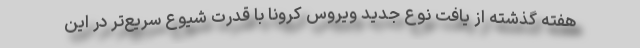
هفته گذشته از یافت نوع جدید ویروس کرونا با قدرت شیوع سریع‌تر در این